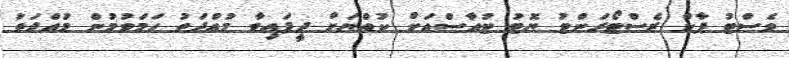
ވެސްޓު ޕާކް ރެސްޓޯރަންޓު ޔޮޓު ޓުއާސްއަށް ކުއްޔަށް ދީފައިވާ މުއްދަތު ހަމަވުމުން މުއްދަތު